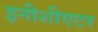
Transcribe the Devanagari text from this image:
इनीशीएटर